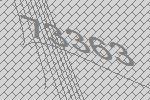
73363